Papers set at the Examination for Leaving Certificates, 1890
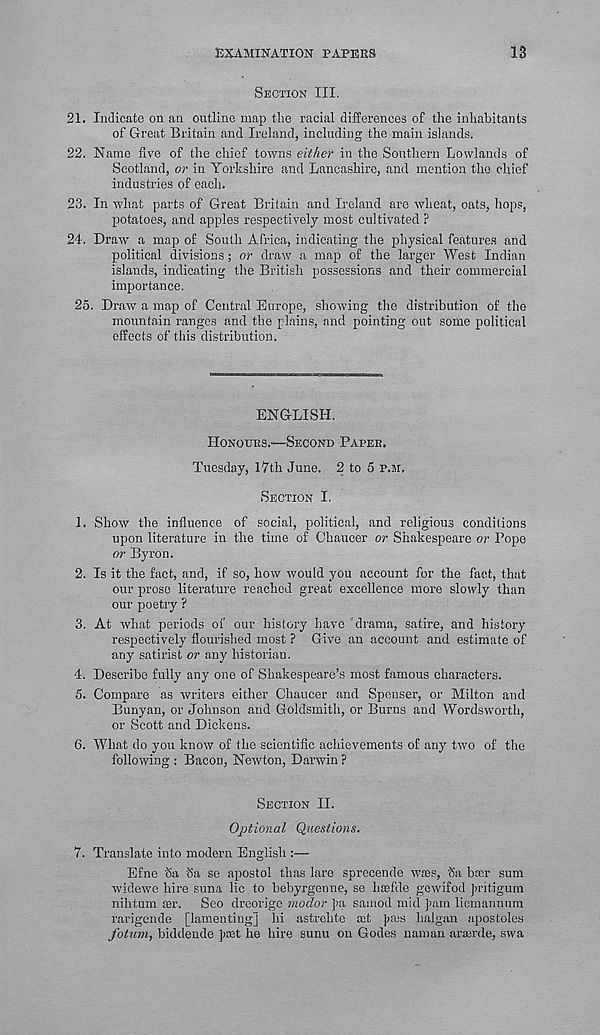
EXAMINATION PAPERS
13
SECTION III.
21. Indicate on an outline map the racial differences of the inhabitants
of Great Britain and Ireland, including the main islands.
22. Name fis r e of the chief towns either in the Southern Lowlands of
Scotland, or in Yorkshire and Lancashire, and mention the chief
industries of each.
23. In what parts of Great Britain and Ireland are wheat, oats, hops,
potatoes, and apples respectively most cultivated ?
24. Draw a map of South Africa, indicating the physical features and
political divisions; or draw a map of the larger West Indian
islands, indicating the British possessions and their commercial
importance.
25.
Draw a map of Central Europe, showing the di
mountain ranges and the plains, and pointing out some political
effects of this distribution.
ENGLISH.
HONOURS.—SECOND PAPER,
Tuesday, 17th June. 2 to 5 P.M.
SECTION I.
1. Show the influence of social, political, and religious conditions
upon literature in the time of Chaucer or Shakespeare or Pope
or Byron.
2. Is it the fact, and, if so, how would you account for the fact, that
our prose literature reached great excellence more slowly than
our poetry ?
3. At what periods of our history have drama, satire, and history
respectively flourished most ? Give an account and estimate of
any satirist or any historian.
4. Describe fully any one of Shakespeare’s most famous characters.
5. Compare as writers either Chaucer and Spenser, or Milton and
Bunyan, or Johnson and Goldsmith, or Burns and Wordsworth,
or Scott and Dickens.
6. What do you know of the scientific achievements of any two of the
following : Bacon, Newton, Darwin ?
SECTION II.
Optional Questions.
7. Translate into modern English :—
Efne ISa <5a se apostol thas lare sprecende WJBS, <Sa bar sum
widewc hire suna lie to bebyrgenne, se htefde gewifod Juitigum
nihtum a;r.
Seo dreorige modor fa samod mid ]>am liemannum
rarigende [lamenting] hi astrehte ad fa;s halgan apostoles
fotum, biddende fast he hire sunn on Godes naman arserde, swa